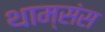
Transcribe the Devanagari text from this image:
थाम्संस